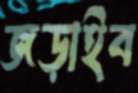
জড়াইব